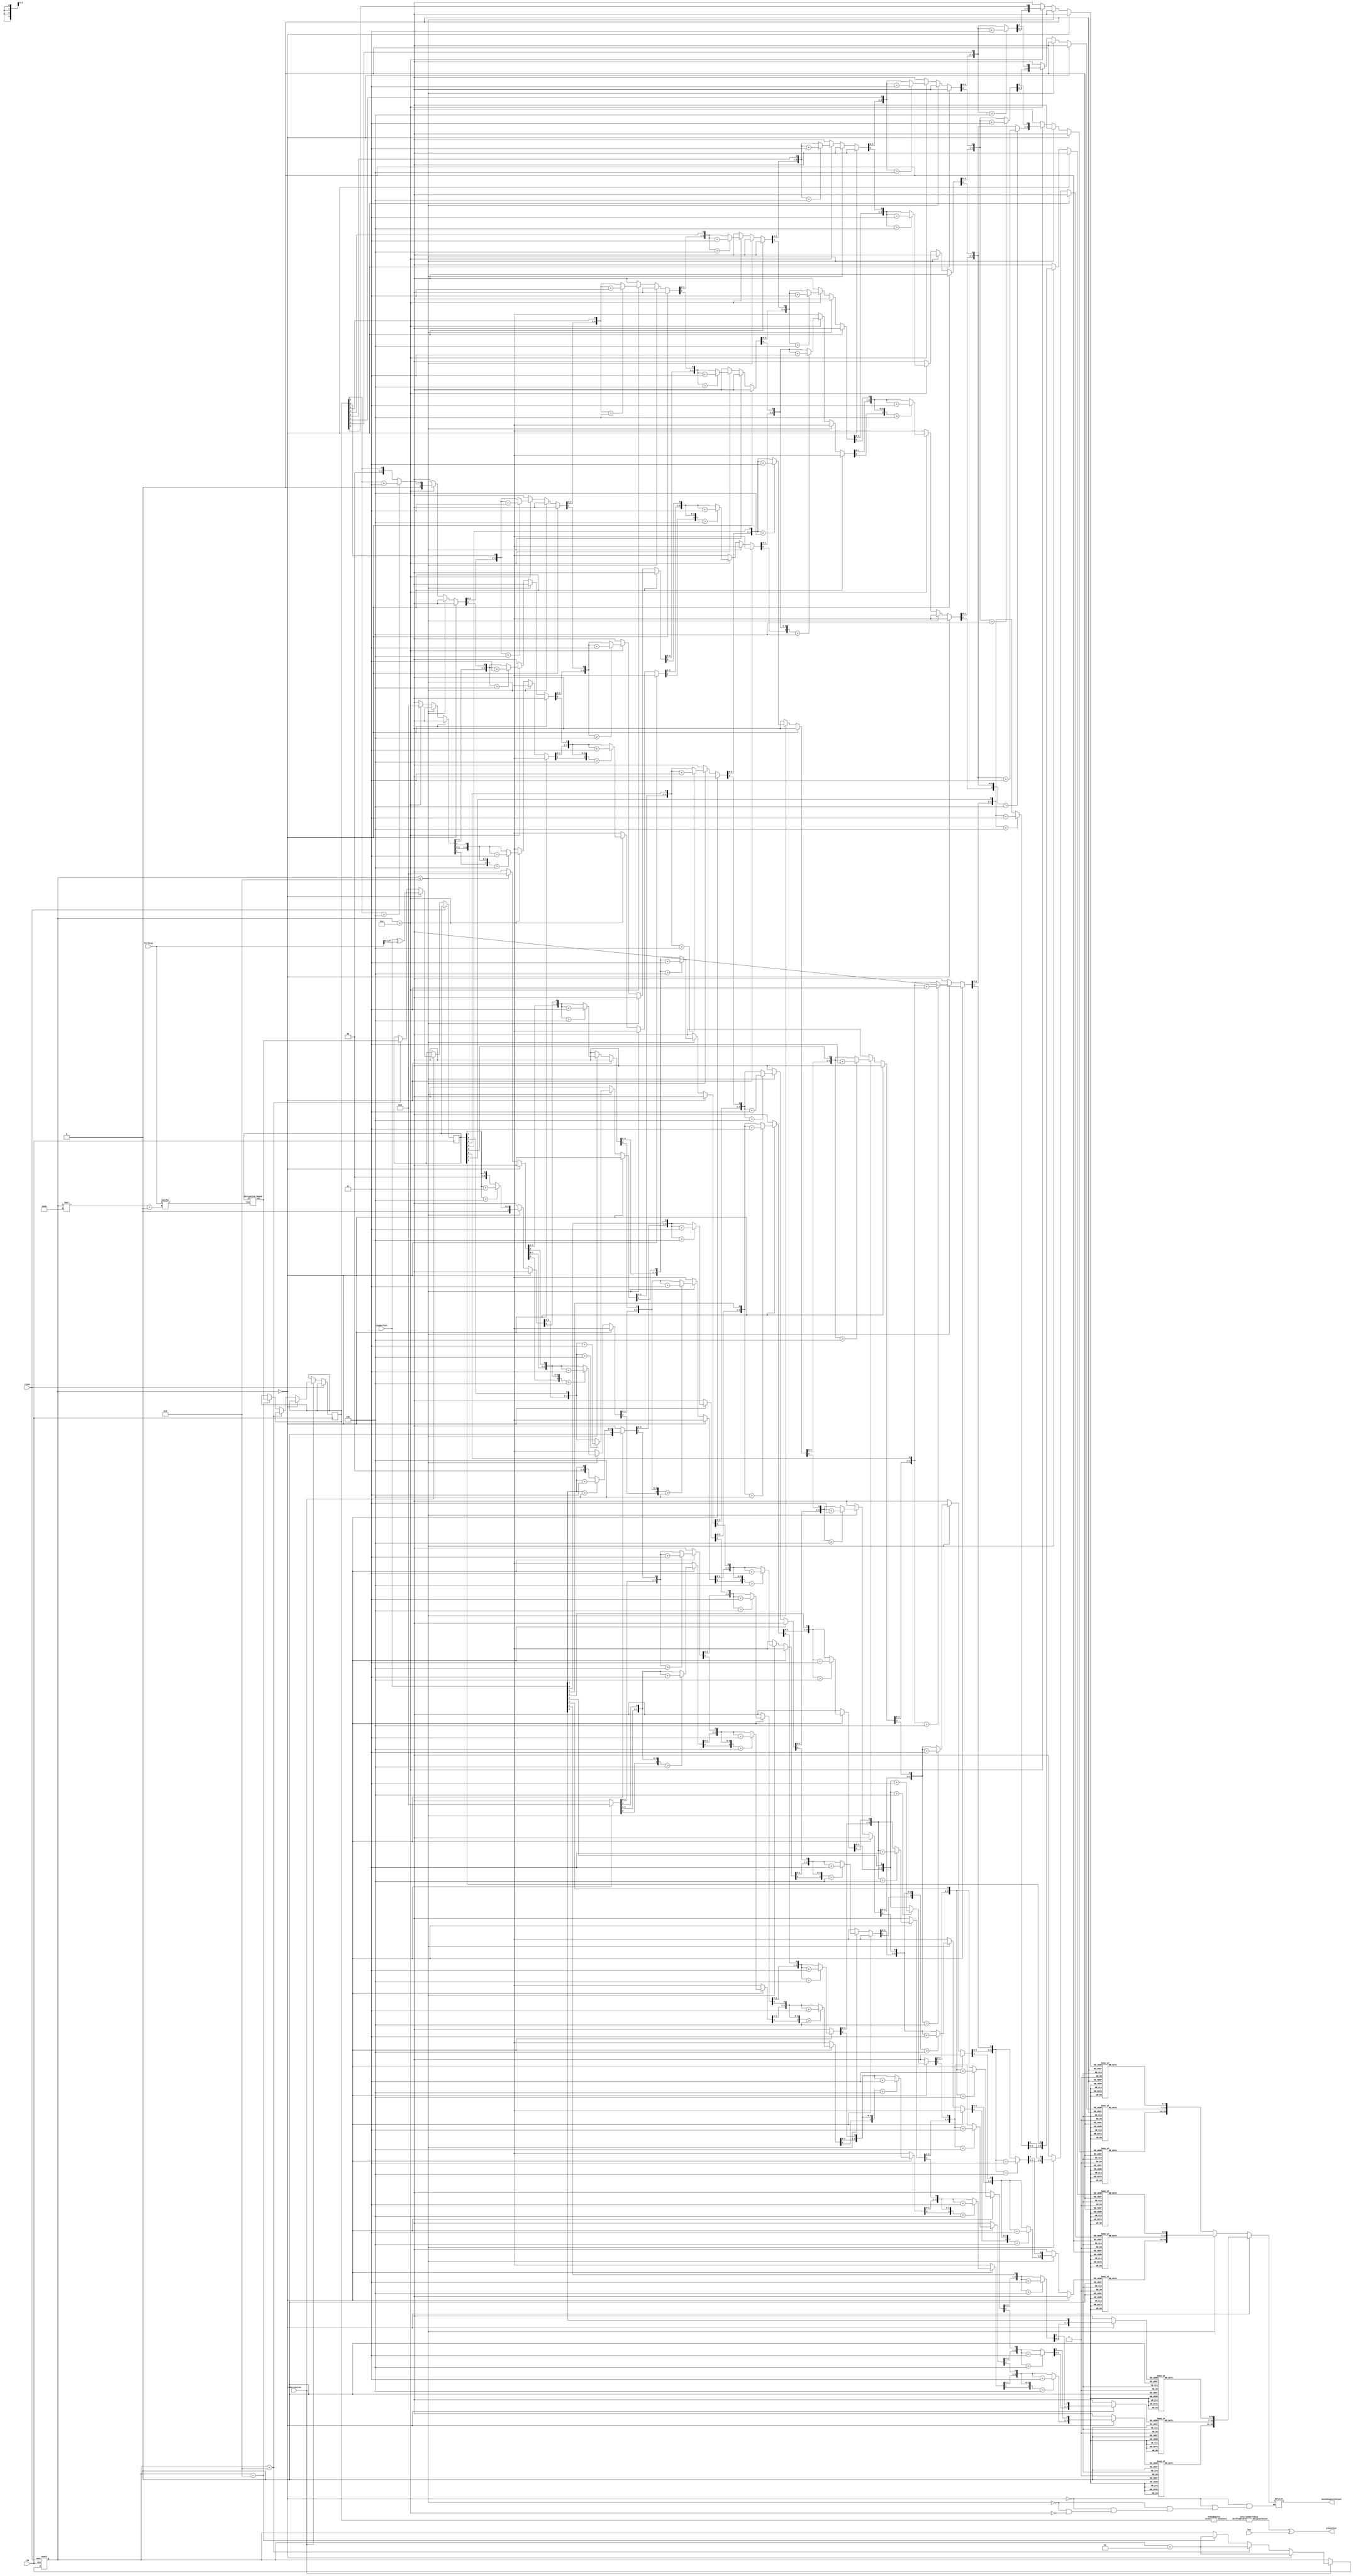
module Decryption #(
    parameter Nr = 10,
    parameter Nk = 4
) (
    clk,
    reset,
    cipherText,
    key,
    fullkeys,
    plainText,
    sevenSegmentOutput,
    isDecryption
);
  input clk;
  input reset;
  input isDecryption;
  input wire [0:127] cipherText;
  input wire [0:32*Nk-1] key;
  output [0:127] plainText;
  input wire [128*Nr-1:0] fullkeys;
  output [20:0] sevenSegmentOutput;

  wire [0:127] Instates;
  reg  [0:127] InstatesReg = 0;
  assign Instates = InstatesReg;

  wire [0:127] Outstates;

  wire [0:127] subBytesFinalStateWire;
  reg  [0:127] subBytesFinalStateReg;
  assign subBytesFinalStateWire = subBytesFinalStateReg;
  wire [0:127] afterSubBFinal;
  wire [0:127] afterShiftRowsFinal;
  integer roundNum = 0;


  //intermediate steps
  Decryption_Round rndx (
      Instates,
      fullkeys[(roundNum)*128+:128],
      Outstates
  );

  //final rounds' steps
  InvSubBytes s_final (
      subBytesFinalStateWire,
      afterSubBFinal
  );
  InverseShiftRows sr_final (
      afterSubBFinal,
      afterShiftRowsFinal
  );
  assign plainText = addRoundKey(afterShiftRowsFinal, key[0:127]);

  reg [20:0] sevenSegmentOutputReg = 21'b1;
  assign sevenSegmentOutput = sevenSegmentOutputReg;

  always @(roundNum or isDecryption) begin
    if (roundNum == 0) sevenSegmentOutputReg = hexDisplayFunc(cipherText[127-:8]);
    else if (roundNum <= Nr - 1) sevenSegmentOutputReg = hexDisplayFunc(Instates[127-:8]);
    else if (roundNum == Nr) sevenSegmentOutputReg = hexDisplayFunc(subBytesFinalStateReg[127-:8]);
  end

  always @(posedge clk or posedge reset) begin
    if (reset) roundNum = 0;
    else if (isDecryption) begin
      if (roundNum == 0) begin
        InstatesReg = cipherText ^ fullkeys[0+:128];
        roundNum = roundNum + 1;
      end else if (roundNum < Nr - 1) begin
        InstatesReg = Outstates;
        roundNum = roundNum + 1;
      end else if (roundNum == Nr - 1) begin
        subBytesFinalStateReg = Outstates;
        roundNum = roundNum + 1;
      end
    end
  end

  function [0:127] addRoundKey;
    input [0:127] crtState;
    input [0:127] crtRoundKey;
    begin
      addRoundKey = crtState ^ crtRoundKey;
    end
  endfunction


  //helper function for displaying the last byte on 3 ss
  function [20:0] hexDisplayFunc;
    input [7:0] in;
    reg [11:0] temp;

    begin
      temp = ShiftAdd3(in);
      hexDisplayFunc[0+:7] = segment7(temp[0+:4]);
      hexDisplayFunc[7+:7] = segment7(temp[4+:4]);
      hexDisplayFunc[14+:7] = segment7(temp[8+:4]);
    end

  endfunction
  function [6:0] segment7;

    input [3:0] ssOutput;

    begin
      case (ssOutput)
        4'b0000: segment7 = 7'b1000000;  // 1
        4'b0001: segment7 = 7'b1111001;  // 1
        4'b0010: segment7 = 7'b0100100;  // 2
        4'b0011: segment7 = 7'b0110000;  // 3
        4'b0100: segment7 = 7'b0011001;  // 4
        4'b0101: segment7 = 7'b0010010;  // 5
        4'b0110: segment7 = 7'b0000010;  // 6
        4'b0111: segment7 = 7'b1111000;  // 7
        4'b1000: segment7 = 7'b0000000;  // 8
        4'b1001: segment7 = 7'b0010000;  // 9

        default: segment7 = 7'b1111111;  // Blank display
      endcase
    end

  endfunction


  function [11:0] ShiftAdd3;
    input [7:0] in;

    integer i;
    begin
      ShiftAdd3 = 0;

      for (i = 0; i < 8; i = i + 1) begin
        ShiftAdd3 = {ShiftAdd3[10:0], in[7-i]};
        if (i < 7 && ShiftAdd3[3:0] > 4'b0100) begin
          ShiftAdd3[3:0] = ShiftAdd3[3:0] + 4'b0011;
        end
        if (i < 7 && ShiftAdd3[7:4] > 4'b0100) begin
          ShiftAdd3[7:4] = ShiftAdd3[7:4] + 4'b0011;
        end
        if (i < 7 && ShiftAdd3[11:8] > 4'b0100) begin
          ShiftAdd3[11:8] = ShiftAdd3[11:8] + 4'b0011;
        end
      end
    end
  endfunction

endmodule

module OrgMixColumns (
    A,
    B
);

  input [127:0] A;
  output [127:0] B;

  // Split the 128-bit input into four 32-bit segments
  wire [31:0] input_wires[3:0];
  assign input_wires[0] = A[127:96];
  assign input_wires[1] = A[95:64];
  assign input_wires[2] = A[63:32];
  assign input_wires[3] = A[31:0];

  // Outputs for each MixColumns instance
  wire [31:0] output_wires[3:0];

  // Instantiate the MixColumns module four times
  InvMixColumns mix0 (
      input_wires[0][31:24],
      input_wires[0][23:16],
      input_wires[0][15:8],
      input_wires[0][7:0],
      output_wires[3][31:24],
      output_wires[3][23:16],
      output_wires[3][15:8],
      output_wires[3][7:0]
  );

  InvMixColumns mix1 (
      input_wires[1][31:24],
      input_wires[1][23:16],
      input_wires[1][15:8],
      input_wires[1][7:0],
      output_wires[2][31:24],
      output_wires[2][23:16],
      output_wires[2][15:8],
      output_wires[2][7:0]
  );

  InvMixColumns mix2 (
      input_wires[2][31:24],
      input_wires[2][23:16],
      input_wires[2][15:8],
      input_wires[2][7:0],
      output_wires[1][31:24],
      output_wires[1][23:16],
      output_wires[1][15:8],
      output_wires[1][7:0]
  );

  InvMixColumns mix3 (
      input_wires[3][31:24],
      input_wires[3][23:16],
      input_wires[3][15:8],
      input_wires[3][7:0],
      output_wires[0][31:24],
      output_wires[0][23:16],
      output_wires[0][15:8],
      output_wires[0][7:0]
  );

  // Combine the 32-bit segments into the 128-bit output
  assign B[127:96] = output_wires[3];
  assign B[95:64]  = output_wires[2];
  assign B[63:32]  = output_wires[1];
  assign B[31:0]   = output_wires[0];

endmodule


module InvMixColumns (
    A0,
    A1,
    A2,
    A3,
    B0,
    B1,
    B2,
    B3
);

  input [7:0] A0;
  input [7:0] A1;
  input [7:0] A2;
  input [7:0] A3;

  output [7:0] B0;
  output [7:0] B1;
  output [7:0] B2;
  output [7:0] B3;

  function [7:0] xtime(input [7:0] A, input integer n);
    integer i;
    begin
      for (i = 0; i < n; i = i + 1) begin
        A = (A << 1) ^ (((A >> 7) & 1) * 8'h1b);
      end
      xtime = A;
    end
  endfunction

  function [7:0] xtime0e(input [7:0] A);
    begin
      xtime0e = xtime(A, 3) ^ xtime(A, 2) ^ xtime(A, 1);
    end
  endfunction
  function [7:0] xtime0b(input [7:0] A);
    begin
      xtime0b = xtime(A, 3) ^ xtime(A, 1) ^ A;
    end
  endfunction
  function [7:0] xtime0d(input [7:0] A);
    begin
      xtime0d = xtime(A, 3) ^ xtime(A, 2) ^ A;
    end
  endfunction
  function [7:0] xtime09(input [7:0] A);
    begin
      xtime09 = xtime(A, 3) ^ A;
    end
  endfunction


  assign B0 = xtime0e(A0) ^ xtime0b(A1) ^ xtime0d(A2) ^ xtime09(A3);
  assign B1 = xtime09(A0) ^ xtime0e(A1) ^ xtime0b(A2) ^ xtime0d(A3);
  assign B2 = xtime0d(A0) ^ xtime09(A1) ^ xtime0e(A2) ^ xtime0b(A3);
  assign B3 = xtime0b(A0) ^ xtime0d(A1) ^ xtime09(A2) ^ xtime0e(A3);


endmodule

module InverseShiftRows (
    shiftedState,
    originalState
);
  input [0:127] shiftedState;
  output [0:127] originalState;

  // First row (r = 0) is not shifted
  assign originalState[0+:8]   = shiftedState[0+:8];
  assign originalState[32+:8]  = shiftedState[32+:8];
  assign originalState[64+:8]  = shiftedState[64+:8];
  assign originalState[96+:8]  = shiftedState[96+:8];

  // Second row (r = 1) is cyclically right shifted by 1 offset
  assign originalState[8+:8]   = shiftedState[104+:8];
  assign originalState[40+:8]  = shiftedState[8+:8];
  assign originalState[72+:8]  = shiftedState[40+:8];
  assign originalState[104+:8] = shiftedState[72+:8];

  // Third row (r = 2) is cyclically right shifted by 2 offsets
  assign originalState[16+:8]  = shiftedState[80+:8];
  assign originalState[48+:8]  = shiftedState[112+:8];
  assign originalState[80+:8]  = shiftedState[16+:8];
  assign originalState[112+:8] = shiftedState[48+:8];

  // Fourth row (r = 3) is cyclically right shifted by 3 offsets
  assign originalState[24+:8]  = shiftedState[56+:8];
  assign originalState[56+:8]  = shiftedState[88+:8];
  assign originalState[88+:8]  = shiftedState[120+:8];
  assign originalState[120+:8] = shiftedState[24+:8];

endmodule

module InvSubBytes (
    input  [127:0] state,
    output [127:0] newState
);

  inverse_sbox b0 (
      state[7:0],
      newState[7:0]
  );
  inverse_sbox b1 (
      state[15:8],
      newState[15:8]
  );
  inverse_sbox b2 (
      state[23:16],
      newState[23:16]
  );
  inverse_sbox b3 (
      state[31:24],
      newState[31:24]
  );
  inverse_sbox b4 (
      state[39:32],
      newState[39:32]
  );
  inverse_sbox b5 (
      state[47:40],
      newState[47:40]
  );
  inverse_sbox b6 (
      state[55:48],
      newState[55:48]
  );
  inverse_sbox b7 (
      state[63:56],
      newState[63:56]
  );
  inverse_sbox b8 (
      state[71:64],
      newState[71:64]
  );
  inverse_sbox b9 (
      state[79:72],
      newState[79:72]
  );
  inverse_sbox b10 (
      state[87:80],
      newState[87:80]
  );
  inverse_sbox b11 (
      state[95:88],
      newState[95:88]
  );
  inverse_sbox b12 (
      state[103:96],
      newState[103:96]
  );
  inverse_sbox b13 (
      state[111:104],
      newState[111:104]
  );
  inverse_sbox b14 (
      state[119:112],
      newState[119:112]
  );
  inverse_sbox b15 (
      state[127:120],
      newState[127:120]
  );
endmodule


module inverse_sbox (
    input  wire [7:0] givenData,
    output wire [7:0] sboxRes
);

  assign sboxRes = (givenData == 8'h63) ? 8'h00 :
         (givenData == 8'h7c) ? 8'h01 :
         (givenData == 8'h77) ? 8'h02 :
         (givenData == 8'h7b) ? 8'h03 :
         (givenData == 8'hf2) ? 8'h04 :
         (givenData == 8'h6b) ? 8'h05 :
         (givenData == 8'h6f) ? 8'h06 :
         (givenData == 8'hc5) ? 8'h07 :
         (givenData == 8'h30) ? 8'h08 :
         (givenData == 8'h01) ? 8'h09 :
         (givenData == 8'h67) ? 8'h0a :
         (givenData == 8'h2b) ? 8'h0b :
         (givenData == 8'hfe) ? 8'h0c :
         (givenData == 8'hd7) ? 8'h0d :
         (givenData == 8'hab) ? 8'h0e :
         (givenData == 8'h76) ? 8'h0f :
         (givenData == 8'hca) ? 8'h10 :
         (givenData == 8'h82) ? 8'h11 :
         (givenData == 8'hc9) ? 8'h12 :
         (givenData == 8'h7d) ? 8'h13 :
         (givenData == 8'hfa) ? 8'h14 :
         (givenData == 8'h59) ? 8'h15 :
         (givenData == 8'h47) ? 8'h16 :
         (givenData == 8'hf0) ? 8'h17 :
         (givenData == 8'had) ? 8'h18 :
         (givenData == 8'hd4) ? 8'h19 :
         (givenData == 8'ha2) ? 8'h1a :
         (givenData == 8'haf) ? 8'h1b :
         (givenData == 8'h9c) ? 8'h1c :
         (givenData == 8'ha4) ? 8'h1d :
         (givenData == 8'h72) ? 8'h1e :
         (givenData == 8'hc0) ? 8'h1f :
         (givenData == 8'hb7) ? 8'h20 :
         (givenData == 8'hfd) ? 8'h21 :
         (givenData == 8'h93) ? 8'h22 :
         (givenData == 8'h26) ? 8'h23 :
         (givenData == 8'h36) ? 8'h24 :
         (givenData == 8'h3f) ? 8'h25 :
         (givenData == 8'hf7) ? 8'h26 :
         (givenData == 8'hcc) ? 8'h27 :
         (givenData == 8'h34) ? 8'h28 :
         (givenData == 8'ha5) ? 8'h29 :
         (givenData == 8'he5) ? 8'h2a :
         (givenData == 8'hf1) ? 8'h2b :
         (givenData == 8'h71) ? 8'h2c :
         (givenData == 8'hd8) ? 8'h2d :
         (givenData == 8'h31) ? 8'h2e :
         (givenData == 8'h15) ? 8'h2f :
         (givenData == 8'h04) ? 8'h30 :
         (givenData == 8'hc7) ? 8'h31 :
         (givenData == 8'h23) ? 8'h32 :
         (givenData == 8'hc3) ? 8'h33 :
         (givenData == 8'h18) ? 8'h34 :
         (givenData == 8'h96) ? 8'h35 :
         (givenData == 8'h05) ? 8'h36 :
         (givenData == 8'h9a) ? 8'h37 :
         (givenData == 8'h07) ? 8'h38 :
         (givenData == 8'h12) ? 8'h39 :
         (givenData == 8'h80) ? 8'h3a :
         (givenData == 8'he2) ? 8'h3b :
         (givenData == 8'heb) ? 8'h3c :
         (givenData == 8'h27) ? 8'h3d :
         (givenData == 8'hb2) ? 8'h3e :
         (givenData == 8'h75) ? 8'h3f :
         (givenData == 8'h09) ? 8'h40 :
         (givenData == 8'h83) ? 8'h41 :
         (givenData == 8'h2c) ? 8'h42 :
         (givenData == 8'h1a) ? 8'h43 :
         (givenData == 8'h1b) ? 8'h44 :
         (givenData == 8'h6e) ? 8'h45 :
         (givenData == 8'h5a) ? 8'h46 :
         (givenData == 8'ha0) ? 8'h47 :
         (givenData == 8'h52) ? 8'h48 :
         (givenData == 8'h3b) ? 8'h49 :
         (givenData == 8'hd6) ? 8'h4a :
         (givenData == 8'hb3) ? 8'h4b :
         (givenData == 8'h29) ? 8'h4c :
         (givenData == 8'he3) ? 8'h4d :
         (givenData == 8'h2f) ? 8'h4e :
         (givenData == 8'h84) ? 8'h4f :
         (givenData == 8'h53) ? 8'h50 :
         (givenData == 8'hd1) ? 8'h51 :
         (givenData == 8'h00) ? 8'h52 :
         (givenData == 8'hed) ? 8'h53 :
         (givenData == 8'h20) ? 8'h54 :
         (givenData == 8'hfc) ? 8'h55 :
         (givenData == 8'hb1) ? 8'h56 :
         (givenData == 8'h5b) ? 8'h57 :
         (givenData == 8'h6a) ? 8'h58 :
         (givenData == 8'hcb) ? 8'h59 :
         (givenData == 8'hbe) ? 8'h5a :
         (givenData == 8'h39) ? 8'h5b :
         (givenData == 8'h4a) ? 8'h5c :
         (givenData == 8'h4c) ? 8'h5d :
         (givenData == 8'h58) ? 8'h5e :
         (givenData == 8'hcf) ? 8'h5f :
         (givenData == 8'hd0) ? 8'h60 :
         (givenData == 8'hef) ? 8'h61 :
         (givenData == 8'haa) ? 8'h62 :
         (givenData == 8'hfb) ? 8'h63 :
         (givenData == 8'h43) ? 8'h64 :
         (givenData == 8'h4d) ? 8'h65 :
         (givenData == 8'h33) ? 8'h66 :
         (givenData == 8'h85) ? 8'h67 :
         (givenData == 8'h45) ? 8'h68 :
         (givenData == 8'hf9) ? 8'h69 :
         (givenData == 8'h02) ? 8'h6a :
         (givenData == 8'h7f) ? 8'h6b :
         (givenData == 8'h50) ? 8'h6c :
         (givenData == 8'h3c) ? 8'h6d :
         (givenData == 8'h9f) ? 8'h6e :
         (givenData == 8'ha8) ? 8'h6f :
         (givenData == 8'h51) ? 8'h70 :
         (givenData == 8'ha3) ? 8'h71 :
         (givenData == 8'h40) ? 8'h72 :
         (givenData == 8'h8f) ? 8'h73 :
         (givenData == 8'h92) ? 8'h74 :
         (givenData == 8'h9d) ? 8'h75 :
         (givenData == 8'h38) ? 8'h76 :
         (givenData == 8'hf5) ? 8'h77 :
         (givenData == 8'hbc) ? 8'h78 :
         (givenData == 8'hb6) ? 8'h79 :
         (givenData == 8'hda) ? 8'h7a :
         (givenData == 8'h21) ? 8'h7b :
         (givenData == 8'h10) ? 8'h7c :
         (givenData == 8'hff) ? 8'h7d :
         (givenData == 8'hf3) ? 8'h7e :
         (givenData == 8'hd2) ? 8'h7f :
         (givenData == 8'hcd) ? 8'h80 :
         (givenData == 8'h0c) ? 8'h81 :
         (givenData == 8'h13) ? 8'h82 :
         (givenData == 8'hec) ? 8'h83 :
         (givenData == 8'h5f) ? 8'h84 :
         (givenData == 8'h97) ? 8'h85 :
         (givenData == 8'h44) ? 8'h86 :
         (givenData == 8'h17) ? 8'h87 :
         (givenData == 8'hc4) ? 8'h88 :
         (givenData == 8'ha7) ? 8'h89 :
         (givenData == 8'h7e) ? 8'h8a :
         (givenData == 8'h3d) ? 8'h8b :
         (givenData == 8'h64) ? 8'h8c :
         (givenData == 8'h5d) ? 8'h8d :
         (givenData == 8'h19) ? 8'h8e :
         (givenData == 8'h73) ? 8'h8f :
         (givenData == 8'h60) ? 8'h90 :
         (givenData == 8'h81) ? 8'h91 :
         (givenData == 8'h4f) ? 8'h92 :
         (givenData == 8'hdc) ? 8'h93 :
         (givenData == 8'h22) ? 8'h94 :
         (givenData == 8'h2a) ? 8'h95 :
         (givenData == 8'h90) ? 8'h96 :
         (givenData == 8'h88) ? 8'h97 :
         (givenData == 8'h46) ? 8'h98 :
         (givenData == 8'hee) ? 8'h99 :
         (givenData == 8'hb8) ? 8'h9a :
         (givenData == 8'h14) ? 8'h9b :
         (givenData == 8'hde) ? 8'h9c :
         (givenData == 8'h5e) ? 8'h9d :
         (givenData == 8'h0b) ? 8'h9e :
         (givenData == 8'hdb) ? 8'h9f :
         (givenData == 8'he0) ? 8'ha0 :
         (givenData == 8'h32) ? 8'ha1 :
         (givenData == 8'h3a) ? 8'ha2 :
         (givenData == 8'h0a) ? 8'ha3 :
         (givenData == 8'h49) ? 8'ha4 :
         (givenData == 8'h06) ? 8'ha5 :
         (givenData == 8'h24) ? 8'ha6 :
         (givenData == 8'h5c) ? 8'ha7 :
         (givenData == 8'hc2) ? 8'ha8 :
         (givenData == 8'hd3) ? 8'ha9 :
         (givenData == 8'hac) ? 8'haa :
         (givenData == 8'h62) ? 8'hab :
         (givenData == 8'h91) ? 8'hac :
         (givenData == 8'h95) ? 8'had :
         (givenData == 8'he4) ? 8'hae :
         (givenData == 8'h79) ? 8'haf :
         (givenData == 8'he7) ? 8'hb0 :
         (givenData == 8'hc8) ? 8'hb1 :
         (givenData == 8'h37) ? 8'hb2 :
         (givenData == 8'h6d) ? 8'hb3 :
         (givenData == 8'h8d) ? 8'hb4 :
         (givenData == 8'hd5) ? 8'hb5 :
         (givenData == 8'h4e) ? 8'hb6 :
         (givenData == 8'ha9) ? 8'hb7 :
         (givenData == 8'h6c) ? 8'hb8 :
         (givenData == 8'h56) ? 8'hb9 :
         (givenData == 8'hf4) ? 8'hba :
         (givenData == 8'hea) ? 8'hbb :
         (givenData == 8'h65) ? 8'hbc :
         (givenData == 8'h7a) ? 8'hbd :
         (givenData == 8'hae) ? 8'hbe :
         (givenData == 8'h08) ? 8'hbf :
         (givenData == 8'hba) ? 8'hc0 :
         (givenData == 8'h78) ? 8'hc1 :
         (givenData == 8'h25) ? 8'hc2 :
         (givenData == 8'h2e) ? 8'hc3 :
         (givenData == 8'h1c) ? 8'hc4 :
         (givenData == 8'ha6) ? 8'hc5 :
         (givenData == 8'hb4) ? 8'hc6 :
         (givenData == 8'hc6) ? 8'hc7 :
         (givenData == 8'he8) ? 8'hc8 :
         (givenData == 8'hdd) ? 8'hc9 :
         (givenData == 8'h74) ? 8'hca :
         (givenData == 8'h1f) ? 8'hcb :
         (givenData == 8'h4b) ? 8'hcc :
         (givenData == 8'hbd) ? 8'hcd :
         (givenData == 8'h8b) ? 8'hce :
         (givenData == 8'h8a) ? 8'hcf :
         (givenData == 8'h70) ? 8'hd0 :
         (givenData == 8'h3e) ? 8'hd1 :
         (givenData == 8'hb5) ? 8'hd2 :
         (givenData == 8'h66) ? 8'hd3 :
         (givenData == 8'h48) ? 8'hd4 :
         (givenData == 8'h03) ? 8'hd5 :
         (givenData == 8'hf6) ? 8'hd6 :
         (givenData == 8'h0e) ? 8'hd7 :
         (givenData == 8'h61) ? 8'hd8 :
         (givenData == 8'h35) ? 8'hd9 :
         (givenData == 8'h57) ? 8'hda :
         (givenData == 8'hb9) ? 8'hdb :
         (givenData == 8'h86) ? 8'hdc :
         (givenData == 8'hc1) ? 8'hdd :
         (givenData == 8'h1d) ? 8'hde :
         (givenData == 8'h9e) ? 8'hdf :
         (givenData == 8'he1) ? 8'he0 :
         (givenData == 8'hf8) ? 8'he1 :
         (givenData == 8'h98) ? 8'he2 :
         (givenData == 8'h11) ? 8'he3 :
         (givenData == 8'h69) ? 8'he4 :
         (givenData == 8'hd9) ? 8'he5 :
         (givenData == 8'h8e) ? 8'he6 :
         (givenData == 8'h94) ? 8'he7 :
         (givenData == 8'h9b) ? 8'he8 :
         (givenData == 8'h1e) ? 8'he9 :
         (givenData == 8'h87) ? 8'hea :
         (givenData == 8'he9) ? 8'heb :
         (givenData == 8'hce) ? 8'hec :
         (givenData == 8'h55) ? 8'hed :
         (givenData == 8'h28) ? 8'hee :
         (givenData == 8'hdf) ? 8'hef :
         (givenData == 8'h8c) ? 8'hf0 :
         (givenData == 8'ha1) ? 8'hf1 :
         (givenData == 8'h89) ? 8'hf2 :
         (givenData == 8'h0d) ? 8'hf3 :
         (givenData == 8'hbf) ? 8'hf4 :
         (givenData == 8'he6) ? 8'hf5 :
         (givenData == 8'h42) ? 8'hf6 :
         (givenData == 8'h68) ? 8'hf7 :
         (givenData == 8'h41) ? 8'hf8 :
         (givenData == 8'h99) ? 8'hf9 :
         (givenData == 8'h2d) ? 8'hfa :
         (givenData == 8'h0f) ? 8'hfb :
         (givenData == 8'hb0) ? 8'hfc :
         (givenData == 8'h54) ? 8'hfd :
         (givenData == 8'hbb) ? 8'hfe : 8'hff;

endmodule

module Decryption_Round (
    in,
    key,
    out
);

  input [127:0] in;
  output [127:0] out;
  input [127:0] key;

  function [127:0] addRoundKey;
    input [127:0] crtState;
    input [127:0] crtRoundKey;
    begin
      addRoundKey = crtState ^ crtRoundKey;
    end
  endfunction

  wire [127:0] afterSubBytes;
  wire [127:0] afterShiftRows;
  wire [127:0] afterMixColumns;
  wire [127:0] afterAddroundKey;

  InvSubBytes s (
      in,
      afterSubBytes
  );
  InverseShiftRows r (
      afterSubBytes,
      afterShiftRows
  );
  OrgMixColumns m (
      addRoundKey (afterShiftRows, key),
      out
  );

endmodule